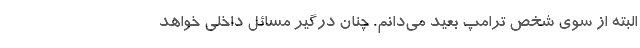
البته از سوی شخص ترامپ بعید می‌دانم. چنان درگیر مسائل داخلی خواهد